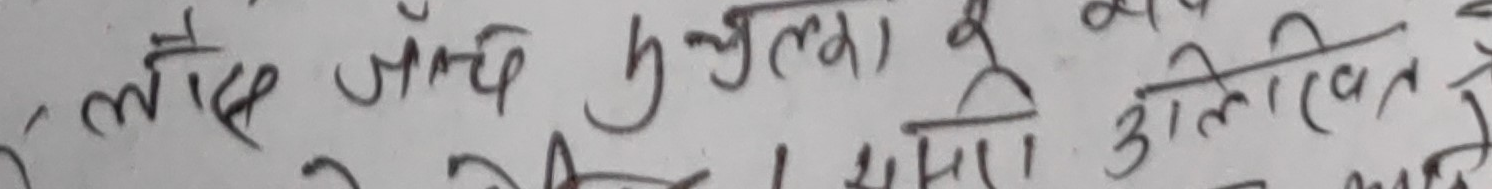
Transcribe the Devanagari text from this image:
लिए जाँचे पुच्ल्यामा दू आलिगत्त